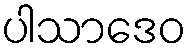
ပါသာဒေဝ